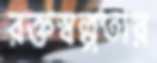
রক্তস্বল্পতার